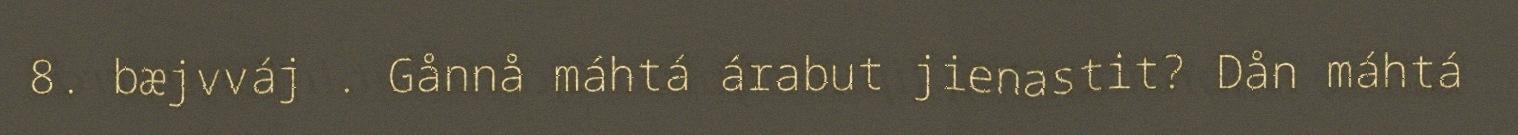
8. bæjvváj . Gånnå máhtá árabut jienastit? Dån máhtá